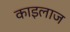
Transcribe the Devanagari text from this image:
काइलाज